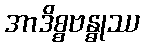
အာဒိစ္စဗန္ဓုဿ